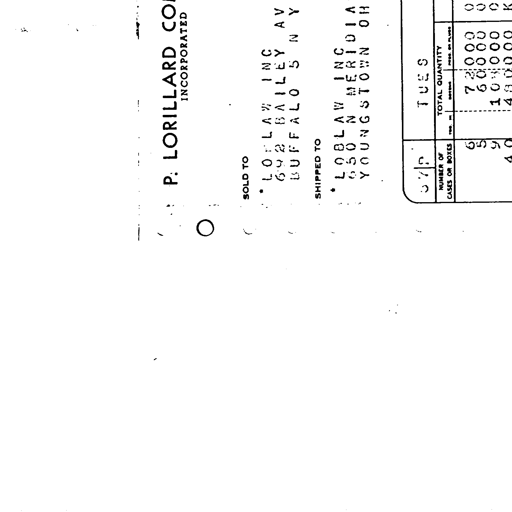
P. LORILLARD CO.
INCORPORATED
SOLD TO
LOBLAW INC
692 BAILEY AV
BUFFALO 5 NY
SHIPPED TO
LOBLAW INC
650 N MERIDIA
YOUNGSTOWN OH
57P
TUES
NUMBER OF
CASES OR BOXES
TOTAL QUANTITY
6
72000
5
60000
9
108000
40
480000